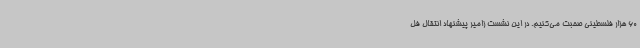
60 هزار فلسطینی صحبت می‌کنیم. در این نشست زامیر پیشنهاد انتقال فل